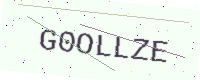
Text: G0OLLZE